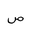
Letter: _sad